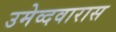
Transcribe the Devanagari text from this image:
उमेव्दवारास